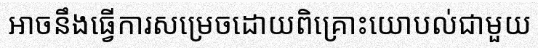
អាចនឹងធ្វើការសម្រេចដោយពិគ្រោះយោបល់ជាមួយ